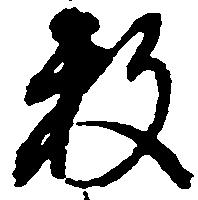
数